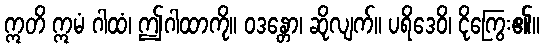
ဣတိ ဣမံ ဂါထံ၊ ဤဂါထာကို။ ဝဒန္တော၊ ဆိုလျက်။ ပရိဒေဝိ၊ ငိုကြွေး၏။